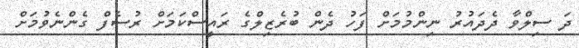
ދަ ސިލްވާ ދެދައުރު ނިންމުމަށް ފަހު ދެން ބުރެޒިލްގެ ރައީސްކަމަށް ރުސެފް ގެންނެވުމަށް